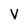
Character: V